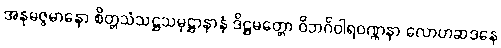
အနုမဇ္ဇမာနော စိတ္တသံသဋ္ဌသမုဋ္ဌာနာနံ ဒိဋ္ဌမတ္တော ဝိဘင်္ဂဝါရဝဏ္ဏနာ လောဟဆဒနေ